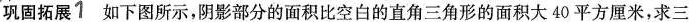
巩固拓展1 如下图所示，阴影部分的面积比空白的直角三角形的面积大40平方厘米，求三